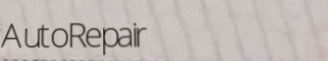
AutoRepair